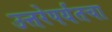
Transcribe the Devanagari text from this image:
उत्तरेपर्यंतचा